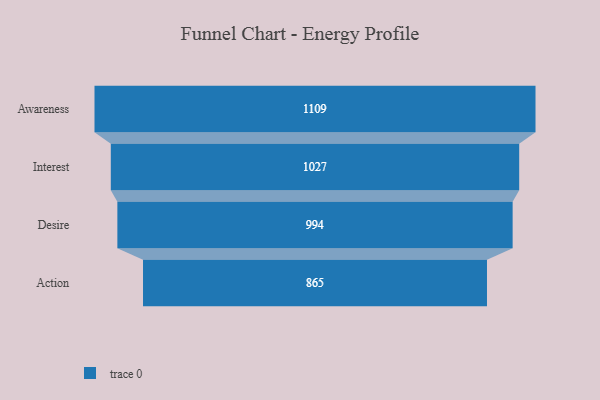
{"axis": {"x": "Stage", "y": "Value"}, "legend": [""], "data": [{"x": "Awareness", "y": 1109.0, "type": ""}, {"x": "Interest", "y": 1027.0, "type": ""}, {"x": "Desire", "y": 994.0, "type": ""}, {"x": "Action", "y": 865.0, "type": ""}]}